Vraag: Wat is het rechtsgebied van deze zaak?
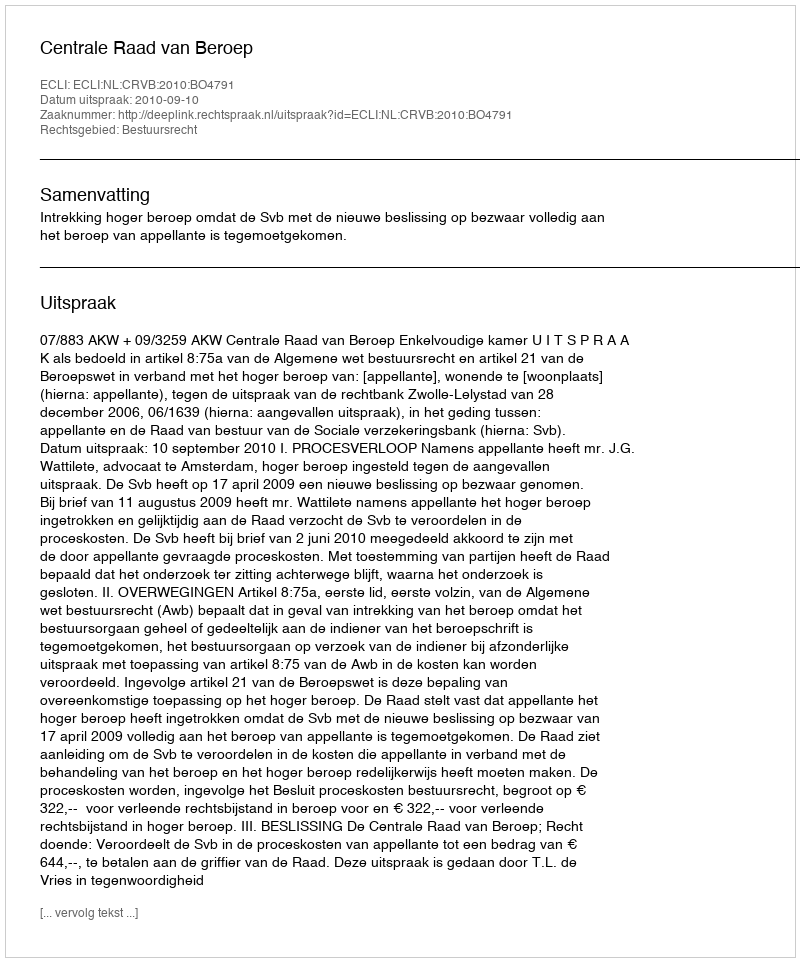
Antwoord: Bestuursrecht